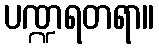
ပဏ္ဍရတရာ။